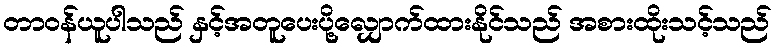
တာဝန်ယူပါသည် နှင့်အတူပေးပို့လျှောက်ထားနိုင်သည် အစားထိုးသင့်သည်